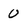
Character: 0